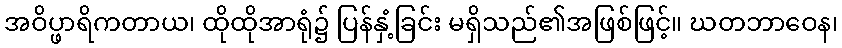
အဝိပ္ဖာရိကတာယ၊ ထိုထိုအာရုံ၌ ပြန်နှံ့ခြင်း မရှိသည်၏အဖြစ်ဖြင့်။ ဃတဘာဝေန၊